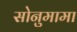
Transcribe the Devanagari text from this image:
सोनुमामा